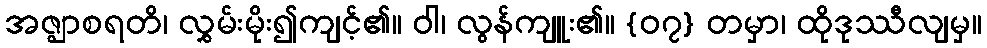
အဇ္ဈာစရတိ၊ လွှမ်းမိုး၍ကျင့်၏။ ဝါ၊ လွန်ကျူး၏။ {၀၇} တမှာ၊ ထိုဒုဿီလျမှ။